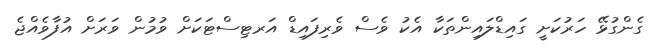
ގެންގުޅޭ ހަރުކަށީ ގައިޑްލައިންތަކާ އެކު ވެސް ވެރިފައިޑް އަރޓިސްޓަކަށް ވުމުން ވަރަށް އުފާވެއްޖެ